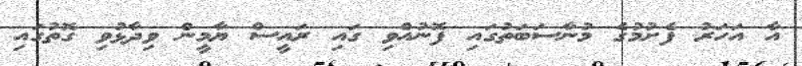
އާ އަހަރު ފެށުމުގެ މުނާސަބަތުގައި ފޮނުއްވި ގައި ރައީސް ޔާމީން ވިދާޅުވި ގޮތުގައި